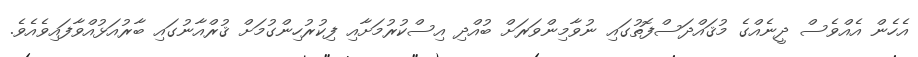
އެހެން އެއްވެސް ދީނެއްގެ މުޤައްދަސްފޮތުގައި ނުވާމިންވަރަށް ބުއްދި އިސްކުރުމަށާއި ފިކުރުހިންގުމަށް ޤުރްއާނުގައި ބާރުއަޅުއްވާފައިވެއެވެ.